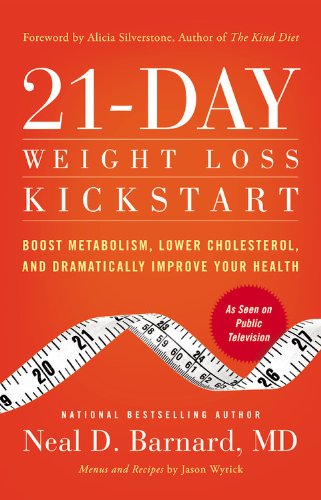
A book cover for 21-Day Weight Loss Kickstart: Boost Metabolism, Lower Cholesterol, and Dramatically Improve Your Health; Neal Barnard; Health, Fitness & Dieting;